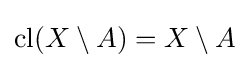
\operatorname {cl} (X\setminus A)=X\setminus A